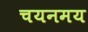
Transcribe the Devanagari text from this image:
चयनमय